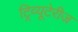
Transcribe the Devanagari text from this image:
ट्रिव्यूटेरीज